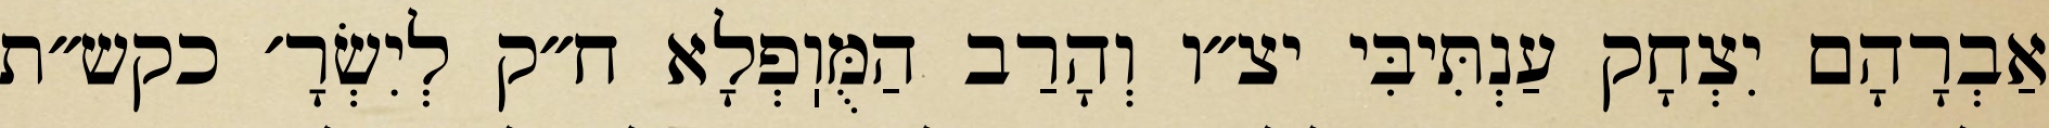
אַבְרָהָם יִצְחָק עַנְתִּיבִּי יצ״ו וְהָרַב הַמֻּוֽפְלָא ח״ק לְיִשְׂרָ׳ כקש״ת